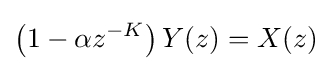
\left(1-\alpha z^{-K}\right)Y(z)=X(z)